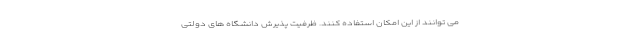
می توانند از این امکان استفاده کنند. ظرفیت پذیرش دانشگاه های دولتی